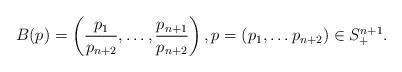
LaTeX: \begin{align*}B(p) = \left( \frac{p_1}{p_{n+2}}, \dots, \frac{p_{n+1}}{p_{n+2}} \right), p = (p_1, \dots p_{n+2}) \in S_+^{n+1}.\end{align*}